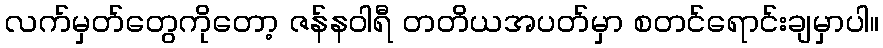
လက်မှတ်တွေကိုတော့ ဇန်နဝါရီ တတိယအပတ်မှာ စတင်ရောင်းချမှာပါ။